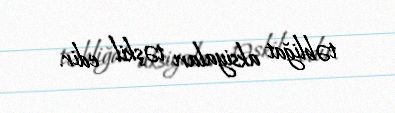
təbliğat aksiyaları təşkil edir.